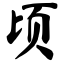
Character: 顷